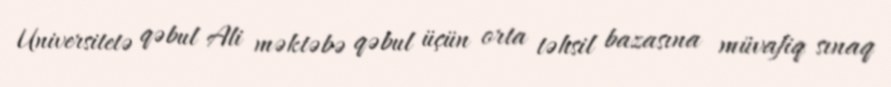
Universitetə qəbul Ali məktəbə qəbul üçün orta təhsil bazasına müvafiq sınaq